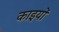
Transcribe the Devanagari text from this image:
काइयों